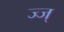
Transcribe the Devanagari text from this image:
ज्ज्